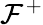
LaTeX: \mathcal{F}^{+}